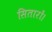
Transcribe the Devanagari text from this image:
सितारों।